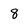
Character: 8